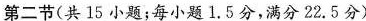
第二节(共 15 小题；每小题 1.5分，满分22.5分)